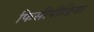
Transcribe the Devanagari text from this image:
फिसीपीडिया